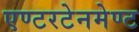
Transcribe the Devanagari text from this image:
एण्टरटेनमेण्ट